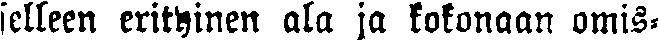
selleen erityinen ala ja kokonaan omis-